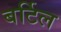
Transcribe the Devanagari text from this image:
बर्टिल